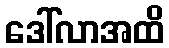
ဒေါ်လာအထိ